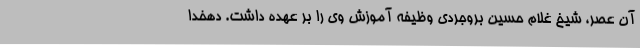
آن عصر، شیخ غلام حسین بروجردی وظیفه آموزش وی را بر عهده داشت. دهخدا